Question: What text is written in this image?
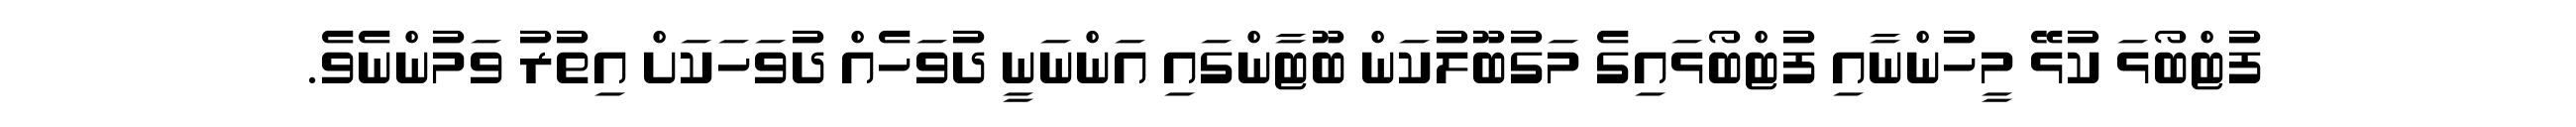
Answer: ފުޓްބޯޅަ ކުޅޭ މީހުންނާއި ފުޓްބޯޅައިގެ މަގުބޫލުކަން ބޫޓާންގައި އަންނަނީ ދުވަހެއް ދުވަހަކަށް އިތުރު ވަމުންނެވެ.